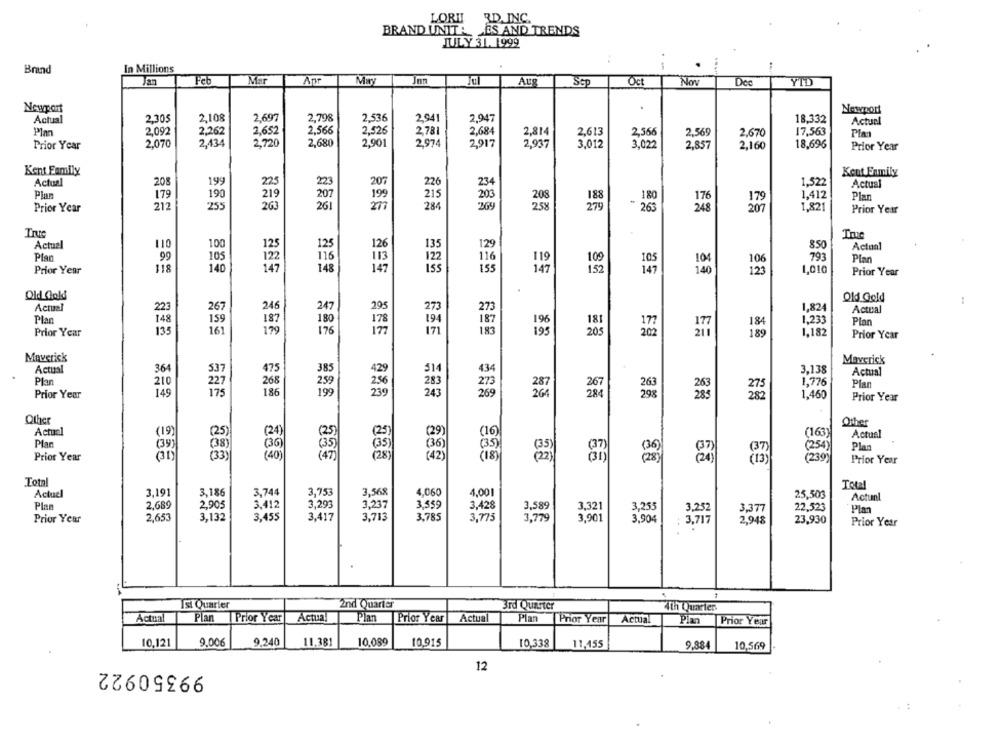
LORII
RD. INC.
BRAND UNITA ES AND TRENDS
JULY 31. 1999
Brand
In Millions
Jan
Feb
Mar
Apr
Jan
Aug
Oct
Nos
Dec
YIL
SGp
Newport
Newport
Actual
2.305
2,108
2.697
2,798
2.536
2,941
2,947
18,332
Actual
Plm
2,092
2,262
2,652
2.566
2,526
2,684
2,814
2,613
2.566
2,569
2,670
17,563
Plan
2,781
Prior Year
2.070
2,434
2,720
2,680
2,901
2974
2917
2,937
3,012
3,022
2,857
2,160
18.696
Prior Year
Kent Family
Kent Enmily
Actual
205
199
225
223
207
226
1,522
Actual
Plan
179
190
219
207
199
215
1,412
Plan
Prior Year
212
255
26
261
284
269
279
248
207
298
. 263
Prior Year
Truc
Actual
110
100
129
850
Actual
Plan
99
105
116
793
Plan
118
140
47
Prior Year
48
147
152
Prior Year
Old Golf
Old Gold
Actual
267
246
247
273
1,824
Actual
Plan
1,233
159
180
194
Plan
Prior Year
135
16)
76
171
195
202
277
1,182
Prior Year
Maverick
Maverick
Actual
364
537
475
385
514
434
3,138
Actual
Plan
210
268
259
283
273
1,776
Plan
149
186
199
Prior Year
243
26
267
1,460
Prior Year
Other
Other
Actual
(19)
(24)
(16)
(163)
Actual
Plan
(35 )
(36)
(25)
Plan
Prior Year
(40)
255
128
(18)
(2)
(24 )
Prior Year
Total
Total
Actuel
3.191
3,186
3,744
3,753
3,568
4,060
4,001
25,503
Actunl
2,689
2,905
3,293
3,359
Plan
3.412
3,237
3,428
3,589
3,321
3,255
3,377
22.523
Plan
Prior Year
2,653
3,132
3,455
3,417
3,713
3,785
3,775
3,779
3,901
3,904
23,930
3,717
Prior Year
Ist Quarter
2nd Quarter
3rd Quarter
4th Quarter
Actual
Actual
Plan
Prior Year
Plan
Prior Year
Actual
Plan
Prior Year
Actual
Plmn
Prior Year
10.121
9.006
9.240
11.381
10.089
10.915
10,338
11,455
9.884
10,569
99350922
12